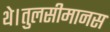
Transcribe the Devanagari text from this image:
थे।तुलसीमानस